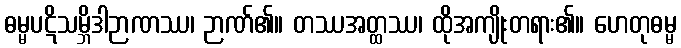
ဓမ္မပဋိသမ္ဘိဒါဉာဏဿ၊ ဉာဏ်၏။ တဿအတ္ထဿ၊ ထိုအကျိုးတရား၏။ ဟေတုဓမ္မ